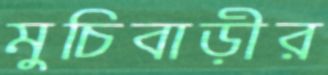
মুচিবাড়ীর